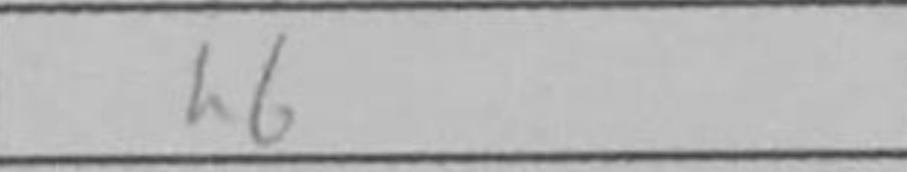
Transcription: h6